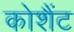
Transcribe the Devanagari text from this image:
कोशैंट